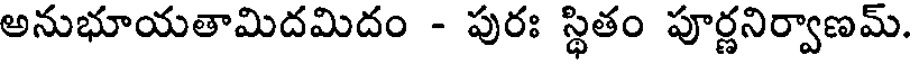
అనుభూయతామిదమిదం - పురః స్థితం పూర్ణనిర్వాణమ్.